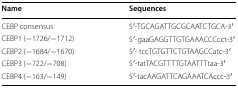
<table><thead><tr><td><b>Name</b></td><td><b>Sequences</b></td></tr></thead><tbody><tr><td>CEBP consensus</td><td>5′-TGCAGATTGCGCAATCTGCA-3′</td></tr><tr><td>CEBP1 (−1726/−1712)</td><td>5′-gaaGAGGTTGTGAAACCCcct-3′</td></tr><tr><td>CEBP2 (−1684/−1670)</td><td>5′- tccTGTGTTCTGTAAGCCatc-3′</td></tr><tr><td>CEBP3 (−722/−708)</td><td>5′-tatTACGTTTTGTAATTTtaa-3′</td></tr><tr><td>CEBP4 (−163/−149)</td><td>5′-tacAAGATTCAGAAATCAccc-3′</td></tr></tbody></table>